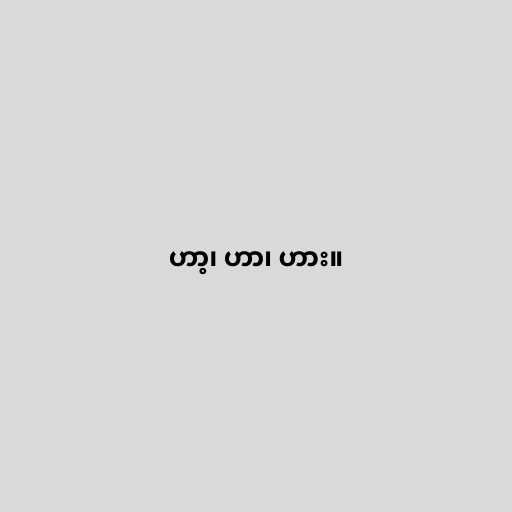
ဟာ့၊ ဟာ၊ ဟား။